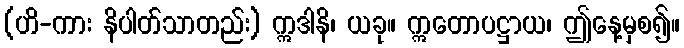
(ဟိ-ကား နိပါတ်သာတည်း) ဣဒါနိ၊ ယခု။ ဣတောပဋ္ဌာယ၊ ဤနေ့မှစ၍။